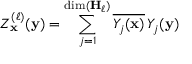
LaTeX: Z _ { \mathbf { x } } ^ { ( \ell ) } ( { \mathbf { y } } ) = \sum _ { j = 1 } ^ { \dim ( \mathbf { H } _ { \ell } ) } { \overline { { Y _ { j } ( { \mathbf { x } } ) } } } \, Y _ { j } ( { \mathbf { y } } )